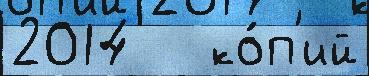
2014   ко́п'ий